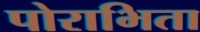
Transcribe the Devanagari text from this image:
पोराभिता